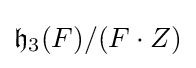
{\mathfrak {h}}_{3}(F)/(F\cdot Z)